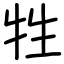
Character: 牲